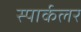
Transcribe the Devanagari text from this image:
स्पार्कलर